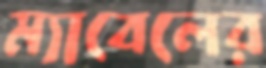
ম্যাবেলের